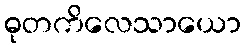
ဓုတကိလေသာယော